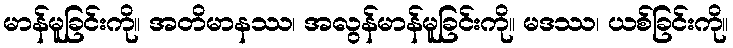
မာန်မူခြင်းကို။ အတိမာနဿ၊ အလွန်မာန်မူခြင်းကို။ မဒဿ၊ ယစ်ခြင်းကို။